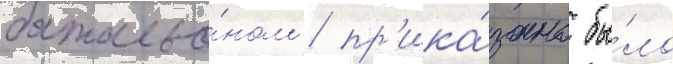
батальо́ном / пр'ика́зано бы́ло